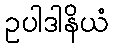
ဥပါဒါနိယံ